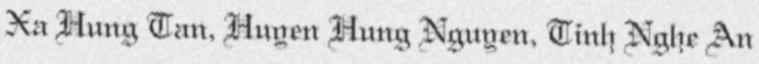
Xa Hung Tan, Huyen Hung Nguyen, Tinh Nghe An